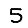
Digit: 5